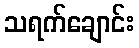
သရက်ချောင်း